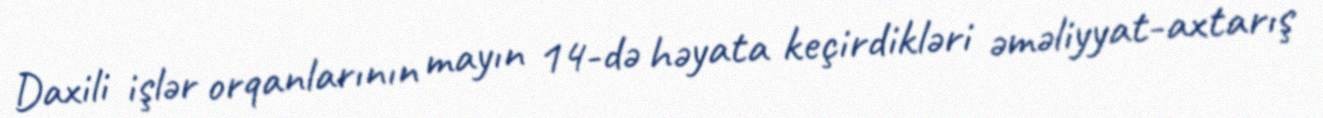
Daxili işlər orqanlarının mayın 14-də həyata keçirdikləri əməliyyat-axtarış